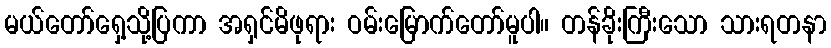
မယ်တော်ရှေ့သို့ပြကာ အရှင်မိဖုရား ဝမ်းမြောက်တော်မူပါ။ တန်ခိုးကြီးသော သားရတနာ